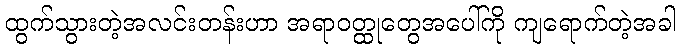
ထွက်သွားတဲ့အလင်းတန်းဟာ အရာဝတ္ထုတွေအပေါ်ကို ကျရောက်တဲ့အခါ